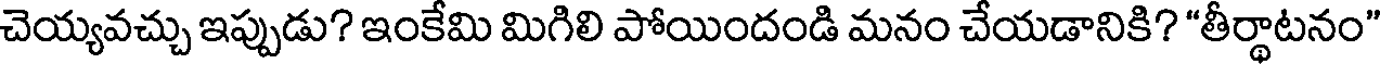
చెయ్యవచ్చు ఇప్పుడు? ఇంకేమి మిగిలి పోయిందండి మనం చేయడానికి? "తీర్థాటనం"